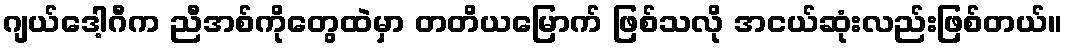
ဂျယ်ဒေါ့ဂီက ညီအစ်ကိုတွေထဲမှာ တတိယမြောက် ဖြစ်သလို အငယ်ဆုံးလည်းဖြစ်တယ်။